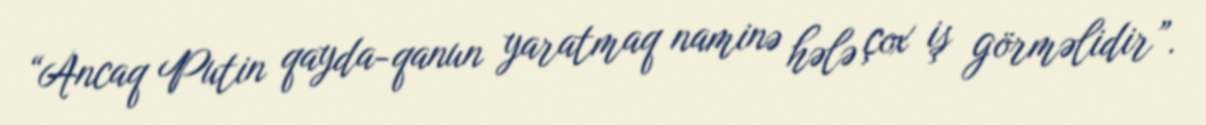
“Ancaq Putin qayda-qanun yaratmaq naminə hələ çox iş görməlidir”.